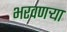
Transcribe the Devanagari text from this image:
भरवणऱ्या